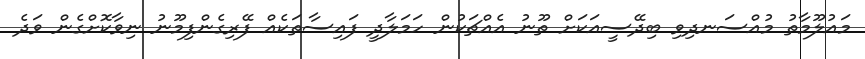
މައުލޫމާތު މުއްސަނދިވި ބިދޭސީއަކަށް ތޫނު އެއްޗަކުން ހަމަލާދީ ފައިސާތަކެއް ފޭރިގެންފިމޫނު ނިވާކޮށްގެން ވަދެ